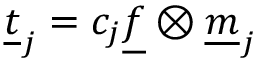
\underline { { t } } _ { j } = c _ { j } \underline { { f } } \otimes \underline { { m } } _ { j }